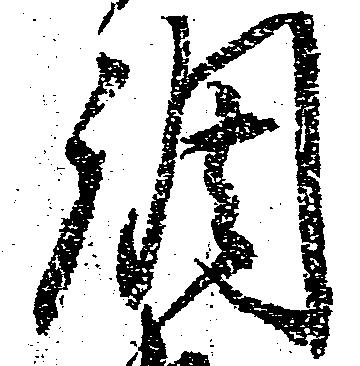
調